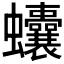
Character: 𧖒